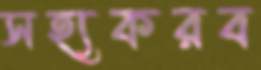
সহ্যকরব